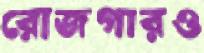
রোজগারও